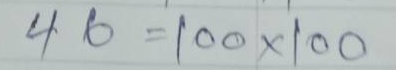
46 = 100 x 100